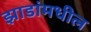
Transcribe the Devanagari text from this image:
झाडांमधील